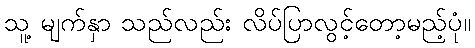
သူ့ မျက်နှာ သည်လည်း လိပ်ပြာလွင့်တော့မည့်ပုံ။